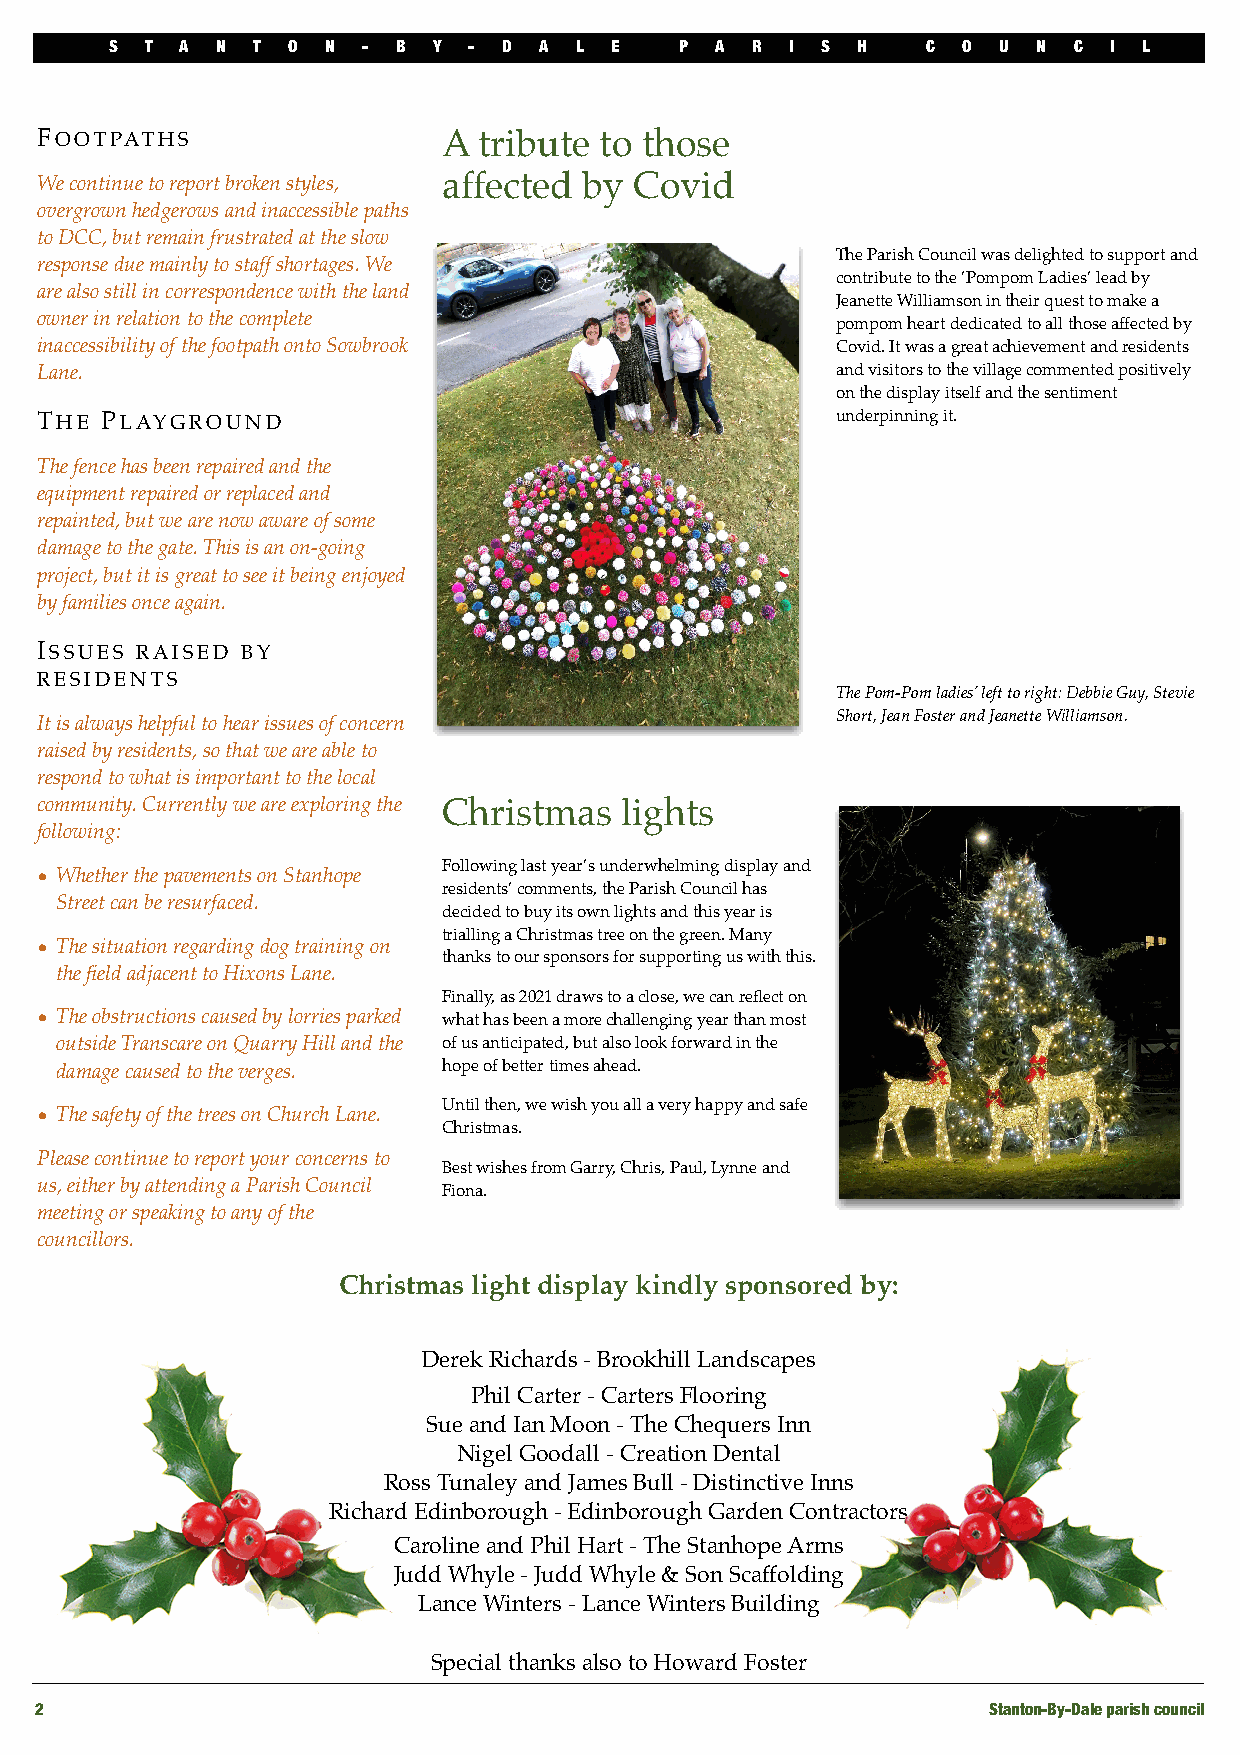
S  T A N  T O  N - B  Y - D  A L E    P A  R I S  H   C  O U  N C I  L
 FOOTPATHS                  A  tribute to those
 We continue to report broken styles, affected by Covid
 overgrown hedgerows and inaccessible paths
 to DCC, but remain frustrated at the slow
 The Parish Council was delighted to support and
 response due mainly to staff shortages. We
 contribute to the ’Pompom Ladies’ lead by
 are also still in correspondence with the land
 Jeanette Williamson in their quest to make a
 owner in relation to the complete
 pompom heart dedicated to all those affected by
 inaccessibility of the footpath onto Sowbrook        Covid. It was a great achievement and residents
 Lane.                                                and visitors to the village commented positively
 on the display itself and the sentiment
 THE  PLAYGROUND                                      underpinning it.
 The fence has been repaired and the
 equipment repaired or replaced and
 repainted, but we are now aware of some
 damage to the gate. This is an on-going
 project, but it is great to see it being enjoyed
 by families once again.
 ISSUES RAISED BY
 RESIDENTS
 The Pom-Pom ladies’ left to right: Debbie Guy, Stevie
 It is always helpful to hear issues of concern       Short, Jean Foster and Jeanette Williamson.
 raised by residents, so that we are able to
 respond to what is important to the local
 community. Currently we are exploring the Christmas lights
 following:
 Following last year’s underwhelming display and
 • Whether the pavements on Stanhope
 residents’ comments, the Parish Council has
 Street can be resurfaced.
 decided to buy its own lights and this year is
 trialling a Christmas tree on the green. Many
 • The situation regarding dog training on
 thanks to our sponsors for supporting us with this.
 the field adjacent to Hixons Lane.
 Finally, as 2021 draws to a close, we can reflect on
 • The obstructions caused by lorries parked what has been a more challenging year than most
 outside Transcare on Quarry Hill and the of us anticipated, but also look forward in the
 damage caused to the verges. hope of better times ahead.
 Until then, we wish you all a very happy and safe
 • The safety of the trees on Church Lane.
 Christmas.
 Please continue to report your concerns to
 Best wishes from Garry, Chris, Paul, Lynne and
 us, either by attending a Parish Council
 Fiona.
 meeting or speaking to any of the
 councillors.
 Christmas light display kindly sponsored by:
 Derek Richards - Brookhill Landscapes
 Phil Carter - Carters Flooring
 Sue and Ian Moon - The Chequers Inn
 Nigel Goodall - Creation Dental
 Ross Tunaley and James Bull - Distinctive Inns
 Richard Edinborough - Edinborough Garden Contractors
 Caroline and Phil Hart - The Stanhope Arms
 Judd Whyle - Judd Whyle & Son Scaffolding
 Lance Winters - Lance Winters Building
 Special thanks also to Howard Foster
 2                                                              Stanton-By-Dale parish council